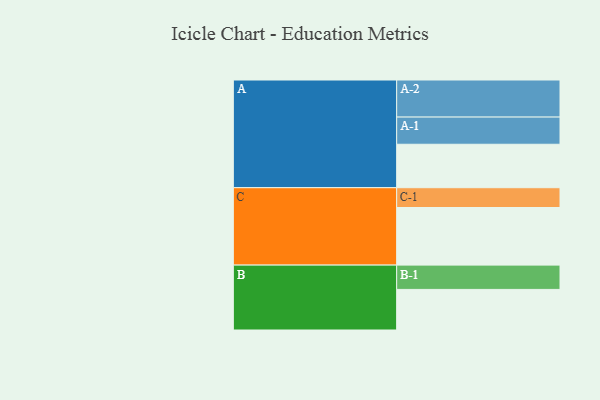
{"axis": {"x": "Segment", "y": "Value"}, "legend": ["", "A", "B", "C"], "data": [{"x": "A", "y": 347, "type": ""}, {"x": "B", "y": 324, "type": ""}, {"x": "C", "y": 460, "type": ""}, {"x": "A-1", "y": 217, "type": "A"}, {"x": "A-2", "y": 296, "type": "A"}, {"x": "B-1", "y": 194, "type": "B"}, {"x": "C-1", "y": 158, "type": "C"}]}